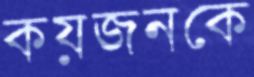
কয়জনকে